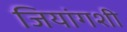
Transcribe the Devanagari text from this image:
जियांगशी